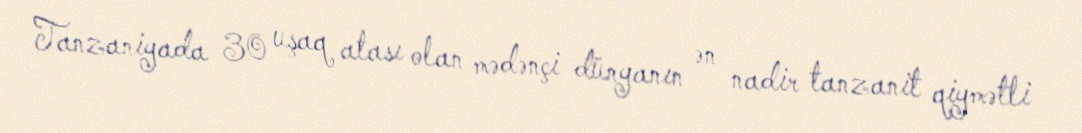
Tanzaniyada 30 uşaq atası olan mədənçi dünyanın ən nadir tanzanit qiymətli